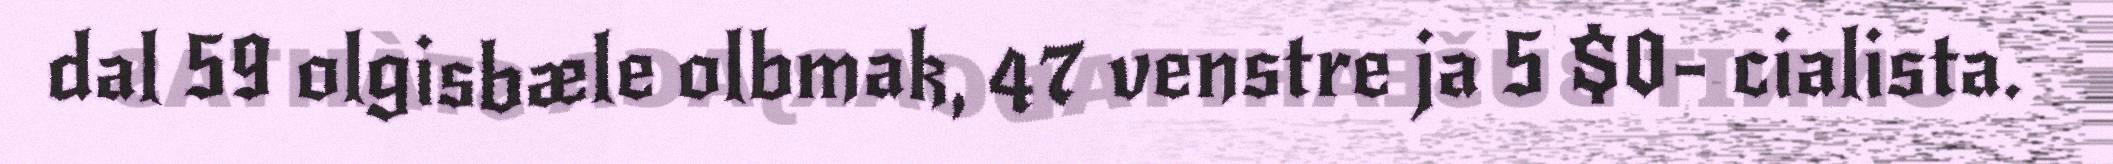
dal 59 olgisbæle olbmak, 47 venstre ja 5 $0- cialista.